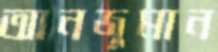
আনজুমান